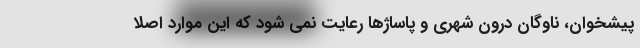
پیشخوان، ناوگان درون شهری و پاساژها رعایت نمی شود که این موارد اصلا